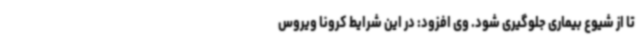
تا از شیوع بیماری جلوگیری شود. وی افزود: در این شرایط کرونا ویروس